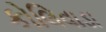
કોલિવાડા